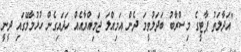
"އަދާލަތު ޕާޓީގެ މިސްރާބު ބަދަލުވީމަ ދެން އަމިއްލަ ޖަމިއްޔާއެއް ހަދައިގެން ހުޅުމާލޭގައި ދީނީ